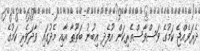
ދެރަވެއްޖެ ކަމުގެ ވަސްވާސްތެރިކަން އުފެދި އިބުނު ބަޠޫޠާ އާއި މެދުގައި ވާދަވެރި ކަމުގެ